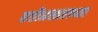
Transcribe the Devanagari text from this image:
हत्तीप्रस्तराच्या